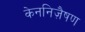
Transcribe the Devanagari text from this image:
केननिज़ैषण